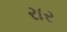
રાર